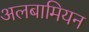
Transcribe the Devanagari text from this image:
अलबामियन